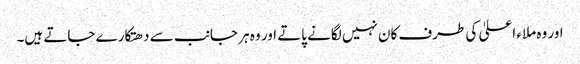
اور وہ ملاء اعلیٰ کی طرف کان نہیں لگانے پاتے اور وہ ہر جانب سے دھتکارے جاتے ہیں۔